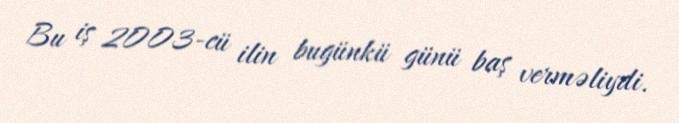
Bu iş 2003-cü ilin bugünkü günü baş verməliydi.